Senior Leaving Certificate Examination (including Day School Certificate (Higher) General paper), 1947
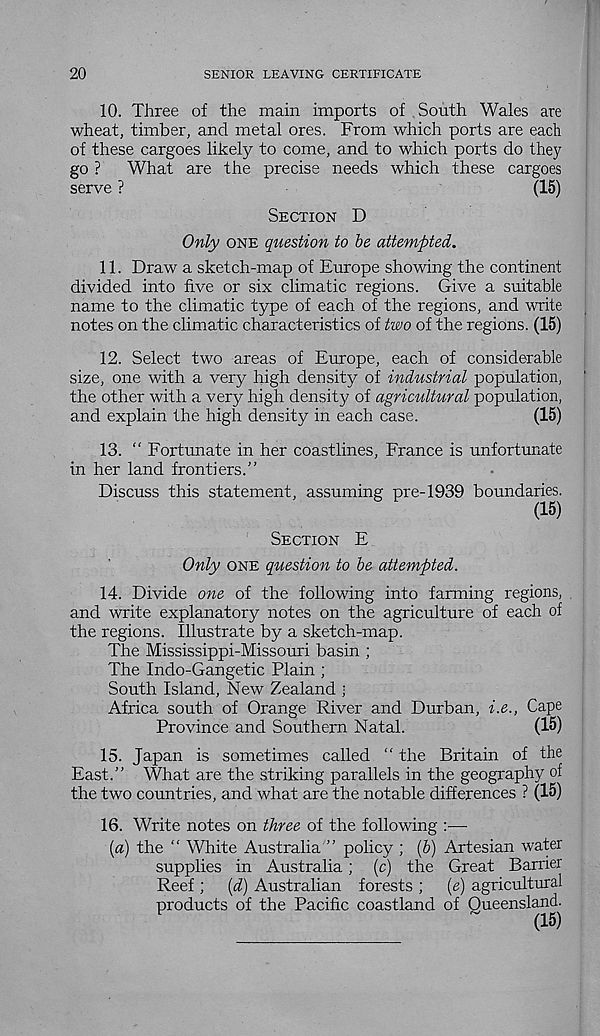
20
SENIOR LEAVING CERTIFICATE
10. Three of the main imports of South Wales are
wheat, timber, and metal ores. From which ports are each
of these cargoes likely to come, and to which ports do they
go ?
What are the precise needs which these cargoes
serve ?
(15)
Section D
Only one question to be attempted.
11. Draw a sketch-map of Europe showing the continent
divided into five or six climatic regions. Give a suitable
name to the climatic type of each of the regions, and write
notes on the climatic characteristics of two of the regions. (15)
12. Select two areas of Europe, each of considerable
size, one with a very high density of industrial population,
the other with a very high density of agricultural population,
and explain the high density in each case.
(15)
13. “ Fortunate in her coastlines, France is unfortunate
in her land frontiers.”
Discuss this statement, assuming pre-1939 boundaries.
(15)
Section E
Only one question to be attempted.
14. Divide one of the following into farming regions,
and write explanatory notes on the agriculture of each of
the regions. Illustrate by a sketch-map.
The Mississippi-Missouri basin ;
The Indo-Gangetic Plain ;
South Island, New Zealand •
Africa south of Orange River and Durban, i.e., Cape
Province and Southern Natal.
(15)
15. Japan is sometimes called “ the Britain of the
East.” What are the striking parallels in the geography of
the two countries, and what are the notable differences ? (15)
16. Write notes on three of the following :■—
[a) the “ White Australia ” policy ; {b) Artesian water
supplies in Australia; (c) the Great Barrier
Reef ;
[d) Australian forests ;
(e) agricultural
products of the Pacific coastland of Queensland.
(15)